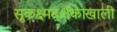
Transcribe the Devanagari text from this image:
सूकक्ष्मदर्शकाखाली